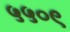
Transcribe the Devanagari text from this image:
५५०९